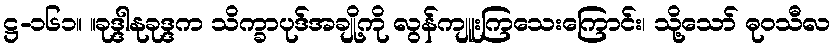
ဋ္ဌ-၁၆၁။ ။ခုဒ္ဒါနုခုဒ္ဒက သိက္ခာပုဒ်အချို့ကို လွန်ကျူးကြသေးကြောင်း၊ သို့သော် ဓုဝသီလ